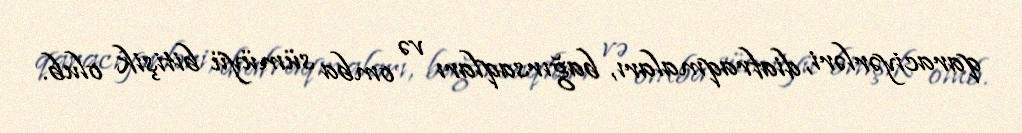
qaraciyərləri, diafraqmaları, bağırsaqları və omba sümüyü bitişik olub.